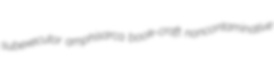
subexecutor amphisarca book-craft noncontaminative